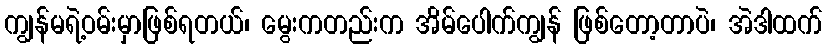
ကျွန်မရဲ့ဝမ်းမှာဖြစ်ရတယ်၊ မွေးကတည်းက အိမ်ပေါက်ကျွန် ဖြစ်တော့တာပဲ၊ အဲဒါထက်